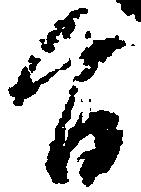
旨